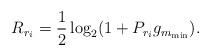
LaTeX: \begin{align*} R_{r_i}=\frac{1}{2}\log_2(1+P_{r_i}g_{m_{\min}}). \end{align*}